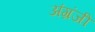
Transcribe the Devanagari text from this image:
अंग्रंजी